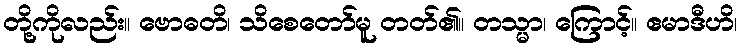
တို့ကိုလည်း။ ဗောဓတိ၊ သိစေတော်မူ တတ်၏။ တသ္မာ၊ ကြောင့်။ ဧမာဒီဟိ၊